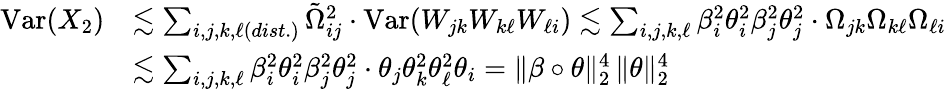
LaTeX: \begin{array}{rl}{\mathrm{Var}(X_{2})}&{\lesssim\sum_{i,j,k,\ell(dist.)}\tilde{\Omega}_{ij}^{2}\cdot\mathrm{Var}(W_{jk}W_{k\ell}W_{\ell i})\lesssim\sum_{i,j,k,\ell}\beta_{i}^{2}\theta_{i}^{2}\beta_{j}^{2}\theta_{j}^{2}\cdot\Omega_{jk}\Omega_{k\ell}\Omega_{\ell i}}\\ &{\lesssim\sum_{i,j,k,\ell}\beta_{i}^{2}\theta_{i}^{2}\beta_{j}^{2}\theta_{j}^{2}\cdot\theta_{j}\theta_{k}^{2}\theta_{\ell}^{2}\theta_{i}=\| \beta\circ\theta\| _{2}^{4}\, \| \theta\| _{2}^{4}}\end{array}